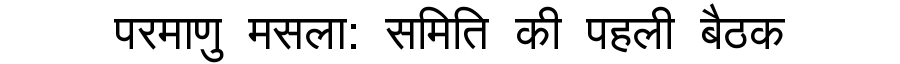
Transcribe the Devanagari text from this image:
परमाणु मसला: समिति की पहली बैठक